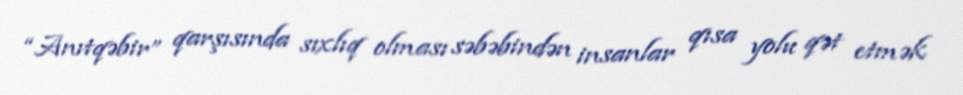
“Anıtqəbir” qarşısında sıxlıq olması səbəbindən insanlar qısa yolu qət etmək